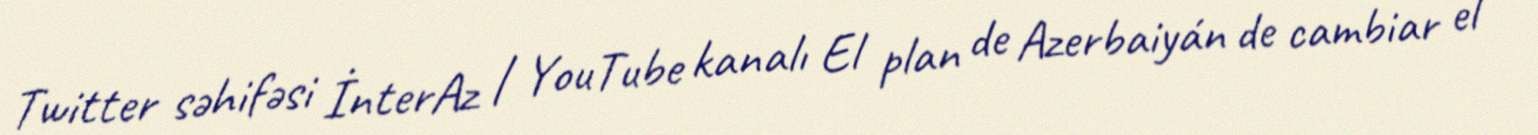
Twitter səhifəsi İnterAz | YouTube kanalı El plan de Azerbaiyán de cambiar el